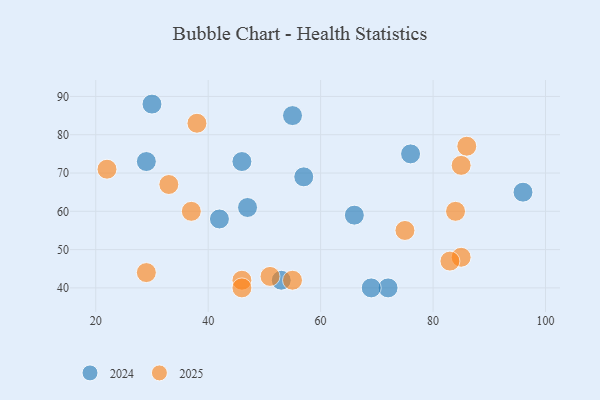
{"axis": {"x": "GDP", "y": "Life Expectancy"}, "legend": ["2024", "2025"], "data": [{"x": "46", "y": 42, "type": "2025"}, {"x": "29", "y": 44, "type": "2025"}, {"x": "33", "y": 67, "type": "2025"}, {"x": "84", "y": 60, "type": "2025"}, {"x": "86", "y": 77, "type": "2025"}, {"x": "85", "y": 48, "type": "2025"}, {"x": "85", "y": 72, "type": "2025"}, {"x": "38", "y": 83, "type": "2025"}, {"x": "55", "y": 42, "type": "2025"}, {"x": "22", "y": 71, "type": "2025"}, {"x": "37", "y": 60, "type": "2025"}, {"x": "75", "y": 55, "type": "2025"}, {"x": "51", "y": 43, "type": "2025"}, {"x": "83", "y": 47, "type": "2025"}, {"x": "46", "y": 40, "type": "2025"}, {"x": "46", "y": 73, "type": "2024"}, {"x": "47", "y": 61, "type": "2024"}, {"x": "72", "y": 40, "type": "2024"}, {"x": "96", "y": 65, "type": "2024"}, {"x": "29", "y": 73, "type": "2024"}, {"x": "53", "y": 42, "type": "2024"}, {"x": "42", "y": 58, "type": "2024"}, {"x": "76", "y": 75, "type": "2024"}, {"x": "55", "y": 85, "type": "2024"}, {"x": "66", "y": 59, "type": "2024"}, {"x": "30", "y": 88, "type": "2024"}, {"x": "57", "y": 69, "type": "2024"}, {"x": "69", "y": 40, "type": "2024"}]}